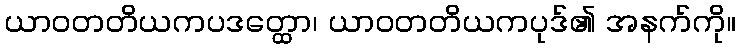
ယာဝတတိယကပဒတ္ထော၊ ယာဝတတိယကပုဒ်၏ အနက်ကို။